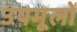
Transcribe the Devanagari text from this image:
उपमूलों